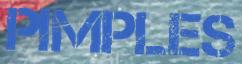
PIMPLES